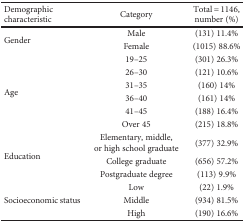
<table><thead><tr><td><b>Demographic characteristic</b></td><td><b>Category</b></td><td><b>Total = 1146, number (%)</b></td></tr></thead><tbody><tr><td rowspan="2">Gender</td><td>Male</td><td>(131) 11.4%</td></tr><tr><td>Female</td><td>(1015) 88.6%</td></tr><tr><td rowspan="6">Age</td><td>19–25</td><td>(301) 26.3%</td></tr><tr><td>26–30</td><td>(121) 10.6%</td></tr><tr><td>31–35</td><td>(160) 14%</td></tr><tr><td>36–40</td><td>(161) 14%</td></tr><tr><td>41–45</td><td>(188) 16.4%</td></tr><tr><td>Over 45</td><td>(215) 18.8%</td></tr><tr><td rowspan="3">Education</td><td>Elementary, middle, or high school graduate</td><td>(377) 32.9%</td></tr><tr><td>College graduate</td><td>(656) 57.2%</td></tr><tr><td>Postgraduate degree</td><td>(113) 9.9%</td></tr><tr><td rowspan="3">Socioeconomic status</td><td>Low</td><td>(22) 1.9%</td></tr><tr><td>Middle</td><td>(934) 81.5%</td></tr><tr><td>High</td><td>(190) 16.6%</td></tr></tbody></table>